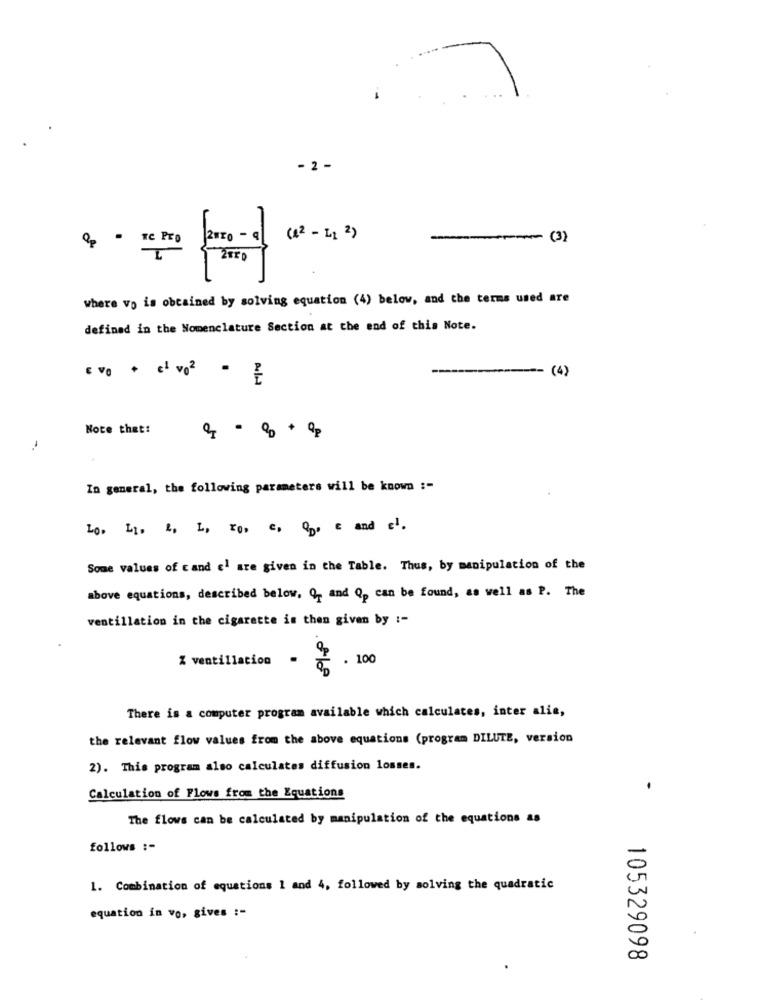
- 2 -
N.
--- (3)
where vo is obtained by solving equation (4) below, and the terms used are
defined in the Nomenclature Section at the end of this Note.
(4)
Ev0 + 1 v02 -
Note that!
In general, the following parameters will be known :-
Lo, L1, 2, L, r0, c, OD, c and c1.
Some values of cand el are given in the Table. Thus, by manipulation of the
above equations, described below. Q, and Qp can be found, as well as P. The
ventillation in the cigarette is then given by :-
% ventillation
. 100
There is a computer program available which calculates, inter alia,
the relevant flow values from the above equations (program DILUTE, version
2). This program also calculates diffusion losses.
Calculation of Flows from the Equations
The flows can be calculated by manipulation of the equations as
follows :-
1. Combination of equations 1 and 4, followed by solving the quadratic
equation in vo, gives :-
105329098
.